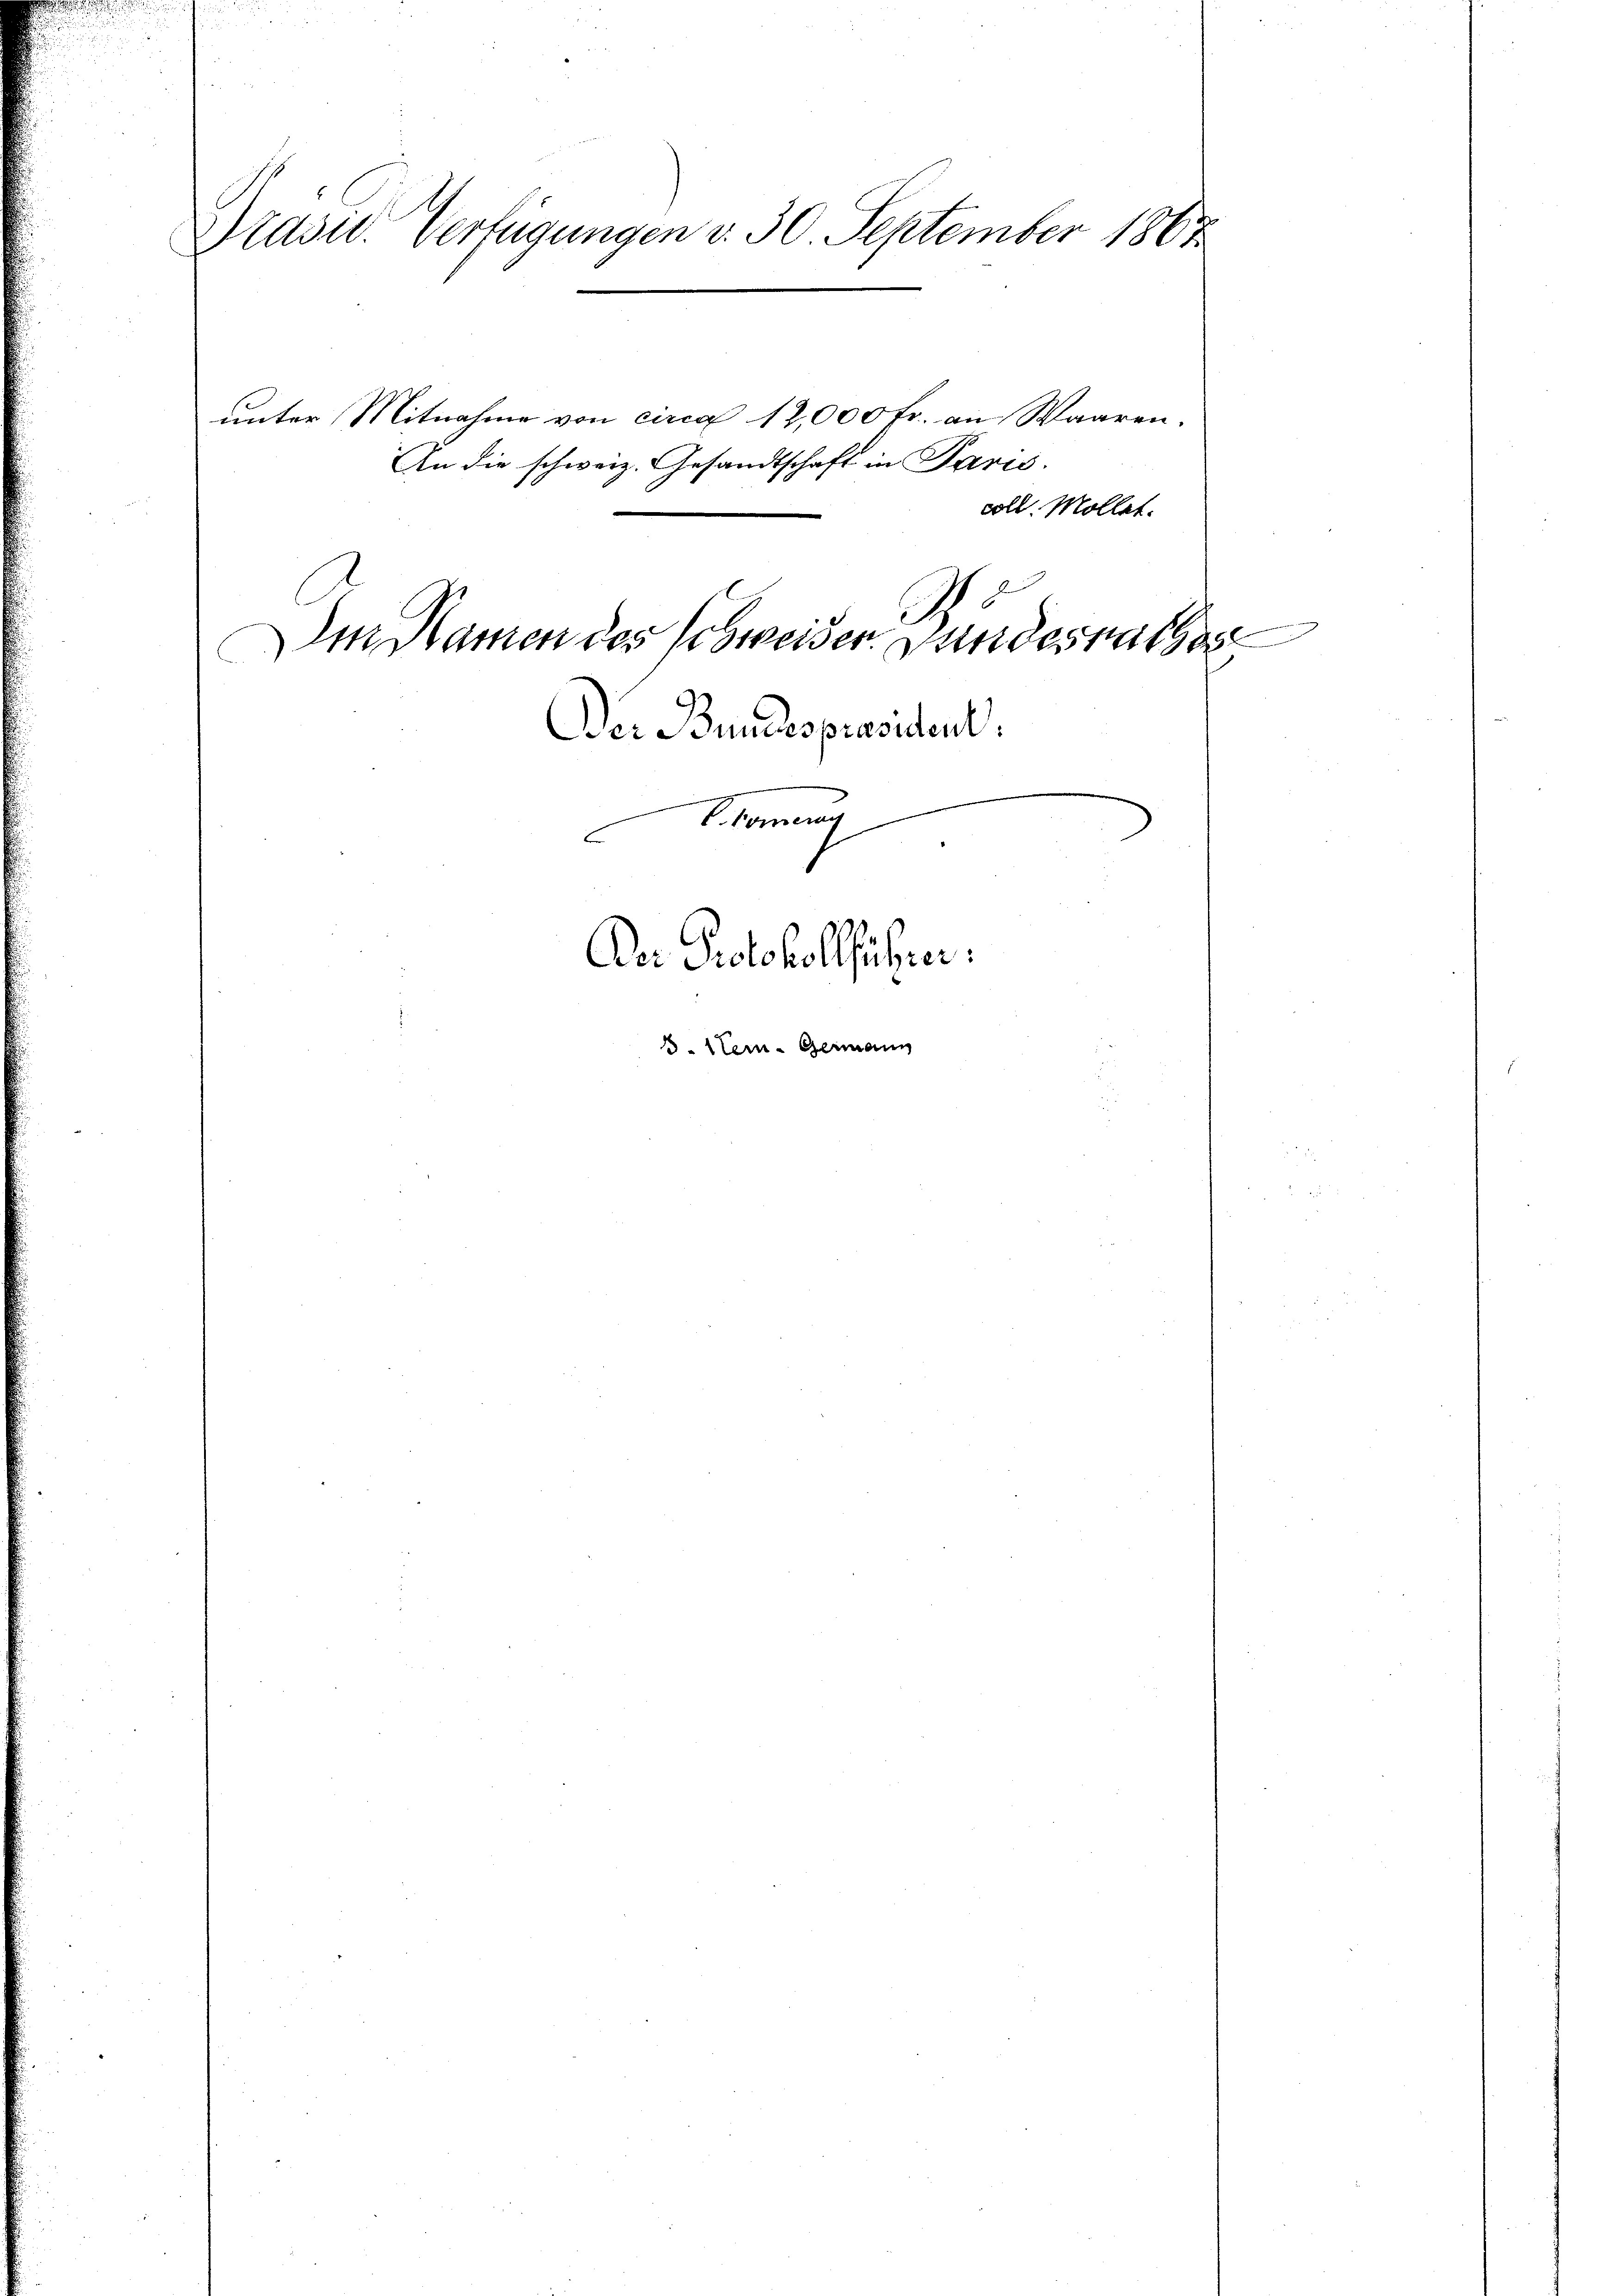
Präsid. Verfügungen v. 30. September 1867
unter Mitnahme von circa 12,000 Fr. an Waaren.
An die schweiz. Gesandtschaft in Paris.
coll. Mollet.
J
n
Im Namen des Schweiser Bundesrathes
Der Bundespräsident.

V. Kommung
E

Der Protokollführer

13. Mein German